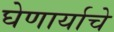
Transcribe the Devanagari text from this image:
घेणार्याचे